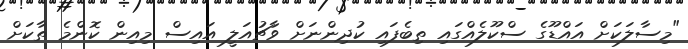
"މިސާލަކަށް އައްޑޫގެ ސްކޫލެއްގައި ތިބެފައި ކުދިންނަށް ވާޗުއަލީ އައިސް މިއިން ކޮންމެ ތާކަށް